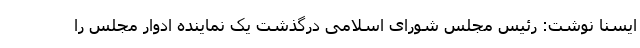
ایسنا نوشت: رئیس مجلس شورای اسلامی درگذشت یک نماینده ادوار مجلس را